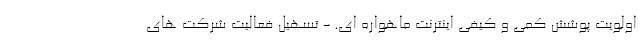
اولویت پوشش کمی و کیفی اینترنت ماهواره ای. - تسهیل فعالیت شرکت های